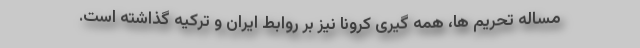
مساله تحریم ها، همه گیری کرونا نیز بر روابط ایران و ترکیه گذاشته است.